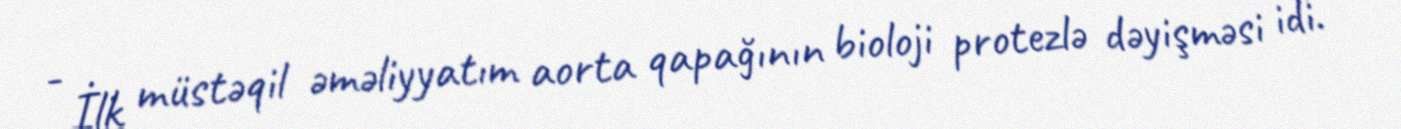
- İlk müstəqil əməliyyatım aorta qapağının bioloji protezlə dəyişməsi idi.